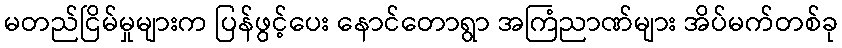
မတည်ငြိမ်မှုများက ပြန်ဖွင့်ပေး နောင်တောရွာ အကြံညာဏ်များ အိပ်မက်တစ်ခု